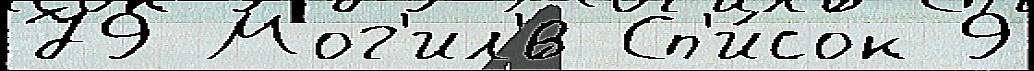
79 Мог'ил'́в Сп'и́сок 9